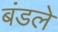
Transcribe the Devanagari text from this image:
बंडले